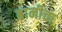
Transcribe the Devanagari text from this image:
बानीचा